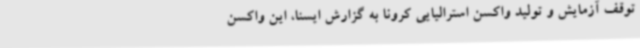
توقف آزمایش و تولید واکسن استرالیایی کرونا به گزارش ایسنا، این واکسن